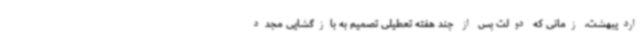
اردیبهشت، زمانی که دولت پس از چند هفته تعطیلی تصمیم به بازگشایی مجدد